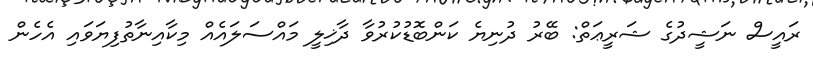
ރައީސް ނަޝީދުގެ ޝަރީޢަތް: ބޭރު ދުނިޔެ ކަންބޮޑުކުރުވާ ދާޚިލީ މައްސަލައެއް މިކާއިނާތުފިޔަވައި އެހެން